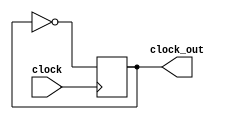
module clock_and_mem_clock( clock, clock_out);
	input clock;
	output clock_out;
	reg clock_out;
	
	initial
	begin 
		clock_out = 0;
	end

	always @(posedge clock)
		begin
		clock_out <= ~clock_out;
		end
endmodule